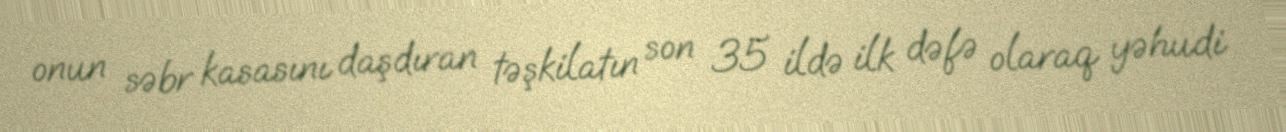
onun səbr kasasını daşdıran təşkilatın son 35 ildə ilk dəfə olaraq yəhudi